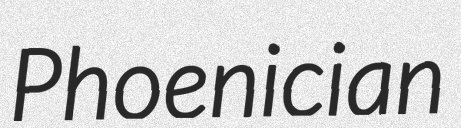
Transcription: Phoenician